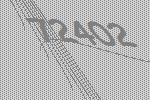
72402